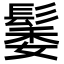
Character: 䰀